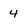
Character: 4